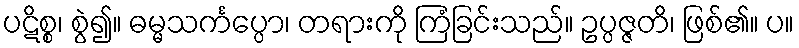
ပဋိစ္စ၊ စွဲ၍။ ဓမ္မသင်္ကပ္ပော၊ တရားကို ကြံခြင်းသည်။ ဥပ္ပဇ္ဇတိ၊ ဖြစ်၏။ ပ။